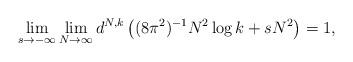
LaTeX: \begin{align*}\lim_{s\to -\infty} \lim_{N\to \infty} d^{N,k} \left( (8\pi^2)^{-1}N^2\log k+sN^2 \right)=1,\end{align*}